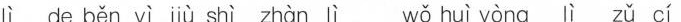
lì de běn yì jiù shì zhàn lì wǒ huì yòng lì zǔ cí